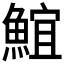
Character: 𩸨